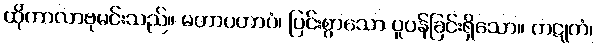
ထိုကာလာဗုမင်းသည်။ မဟာပတာပံ၊ ပြင်းစွာသော ပူပန်ခြင်းရှိသော။ ကဋုကံ၊